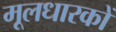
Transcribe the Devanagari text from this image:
मूलधारकों